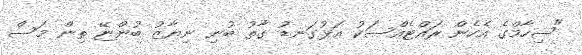
"ޝިހާމްގެ އެހެން ރައްޓެއްސަކު އަޅުގަނޑު ގާތު ބުނި ނިޔާޒު ބުންޏޭ ތިން މަސް